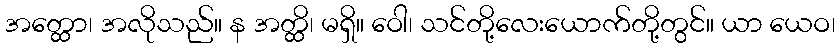
အတ္ထော၊ အလိုသည်။ န အတ္ထိ၊ မရှိ။ ဝေါ၊ သင်တို့လေးယောက်တို့တွင်။ ယာ ယေဝ၊